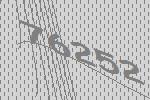
76252